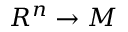
R ^ { n } \to M